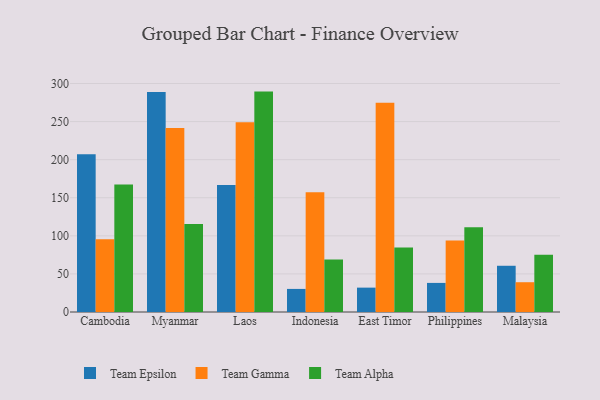
{"axis": {"x": "Country", "y": "Bounce Rate (%)"}, "legend": ["Team Alpha", "Team Epsilon", "Team Gamma"], "data": [{"x": "Cambodia", "y": 207.2, "type": "Team Epsilon"}, {"x": "Cambodia", "y": 95.4, "type": "Team Gamma"}, {"x": "Cambodia", "y": 167.5, "type": "Team Alpha"}, {"x": "Myanmar", "y": 289.0, "type": "Team Epsilon"}, {"x": "Myanmar", "y": 241.6, "type": "Team Gamma"}, {"x": "Myanmar", "y": 115.6, "type": "Team Alpha"}, {"x": "Laos", "y": 166.7, "type": "Team Epsilon"}, {"x": "Laos", "y": 249.2, "type": "Team Gamma"}, {"x": "Laos", "y": 289.4, "type": "Team Alpha"}, {"x": "Indonesia", "y": 30.3, "type": "Team Epsilon"}, {"x": "Indonesia", "y": 157.1, "type": "Team Gamma"}, {"x": "Indonesia", "y": 69.1, "type": "Team Alpha"}, {"x": "East Timor", "y": 32.0, "type": "Team Epsilon"}, {"x": "East Timor", "y": 274.8, "type": "Team Gamma"}, {"x": "East Timor", "y": 84.6, "type": "Team Alpha"}, {"x": "Philippines", "y": 38.2, "type": "Team Epsilon"}, {"x": "Philippines", "y": 93.8, "type": "Team Gamma"}, {"x": "Philippines", "y": 111.3, "type": "Team Alpha"}, {"x": "Malaysia", "y": 60.7, "type": "Team Epsilon"}, {"x": "Malaysia", "y": 39.1, "type": "Team Gamma"}, {"x": "Malaysia", "y": 75.1, "type": "Team Alpha"}]}